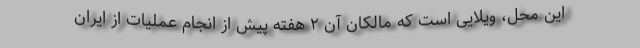
این محل، ویلایی است که مالکان آن ۲ هفته پیش از انجام عملیات از ایران